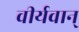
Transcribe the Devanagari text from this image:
वीर्यवान्